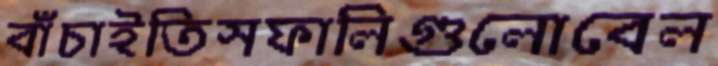
বাঁচাইতিসফালিগুলোবেল